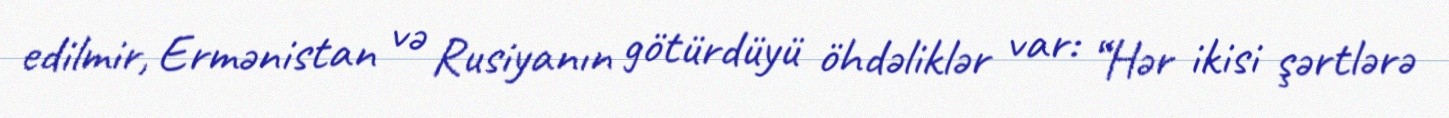
edilmir, Ermənistan və Rusiyanın götürdüyü öhdəliklər var: “Hər ikisi şərtlərə